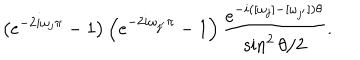
\left( e ^ { - 2 i \omega _ { j } \pi } - 1 \right) \left( e ^ { - 2 i \omega _ { j ^ { \prime } } \pi } - 1 \right) \frac { e ^ { - i ( [ \omega _ { j } ] - [ \omega _ { j ^ { \prime } } ] ) \theta } } { \sin ^ { 2 } \theta / 2 } .